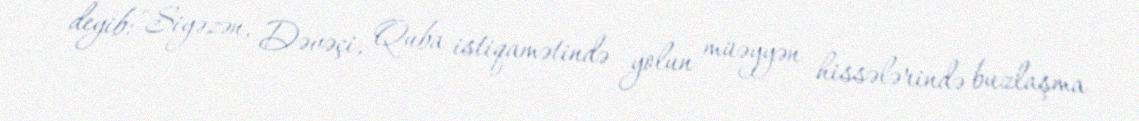
deyib: "Siyəzən, Dəvəçi, Quba istiqamətində yolun müəyyən hissələrində buzlaşma